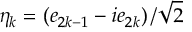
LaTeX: \eta _ { k } = \left( e _ { 2 k - 1 } - i e _ { 2 k } \right) / { \sqrt { 2 } }